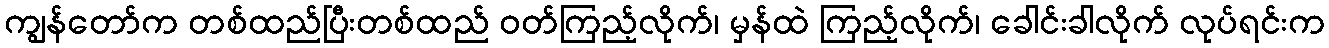
ကျွန်တော်က တစ်ထည်ပြီးတစ်ထည် ဝတ်ကြည့်လိုက်၊ မှန်ထဲ ကြည့်လိုက်၊ ခေါင်းခါလိုက် လုပ်ရင်းက